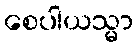
စေပါယသ္မာ